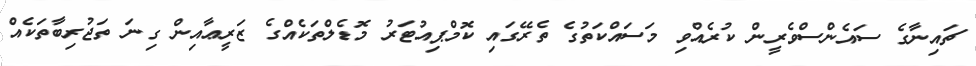
ޗައިނާގެ ސައެންސްވެރީން ކުރެއްވި މަސައްކަތުގެ ތެރޭގައި ކޮމްޕިއުޓަރު މޮޑެލްތަކެއްގެ ޒަރީޢާއިން ގިނަ ތަޖުރިބާތަކެއް